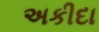
અકીદા